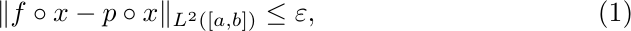
\begin{equation}\label{eq:small_consistency_error}
    \|f\circ x - p\circ x\|_{L^2([a,b])}\leq \varepsilon,
\end{equation}